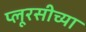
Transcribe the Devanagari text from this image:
प्लूरसीच्या